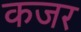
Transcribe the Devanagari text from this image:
कजर